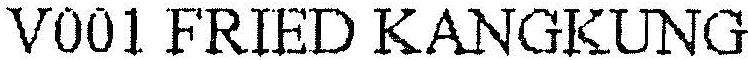
V001 FRIED KANGKUNG